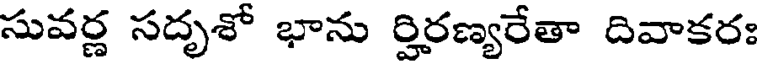
సువర్ణ సదృశో భాను ర్హిరణ్యరేతా దివాకరః